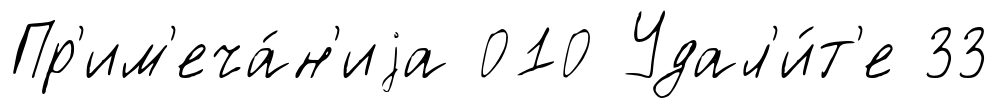
Пр'им'еча́н'иjа 010 Удал'и́т'е 33